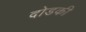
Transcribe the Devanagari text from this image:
दोडकी